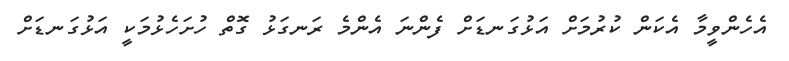
އެހެންވީމާ އެކަން ކުރުމަށް އަޅުގަނޑަށް ފެންނަ އެންމެ ރަނގަޅު ގޮތް ހުށަހެޅުމަކީ އަޅުގަނޑަށް